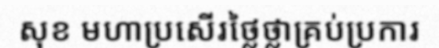
សុខ មហាប្រសើរថ្លៃថ្លាគ្រប់ប្រការ